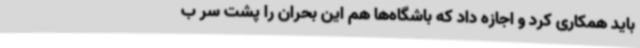
باید همکاری کرد و اجازه داد که باشگاه‌ها هم این بحران را پشت سر ب